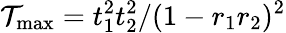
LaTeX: \mathcal{T}_{\mathrm{max}}=t_{1}^{2}t_{2}^{2}/(1-r_{1}r_{2})^{2}